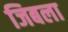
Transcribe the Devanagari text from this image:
जिबला